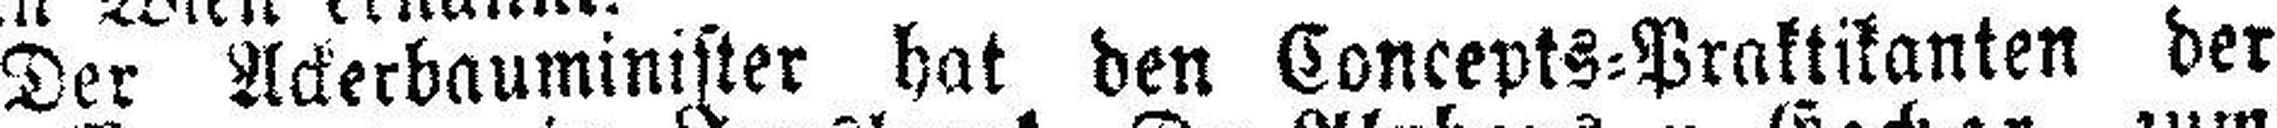
Der Ackerbauminister hat den Concepts-Praktikanten der